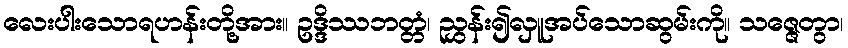
လေးပါးသောရဟန်းတို့အား။ ဥဒ္ဒိဿဘတ္တံ၊ ညွှန်း၍လှူအပ်သောဆွမ်းကို။ သဇ္ဇေတွာ၊